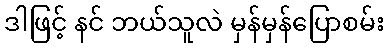
ဒါဖြင့် နင် ဘယ်သူလဲ မှန်မှန်ပြောစမ်း